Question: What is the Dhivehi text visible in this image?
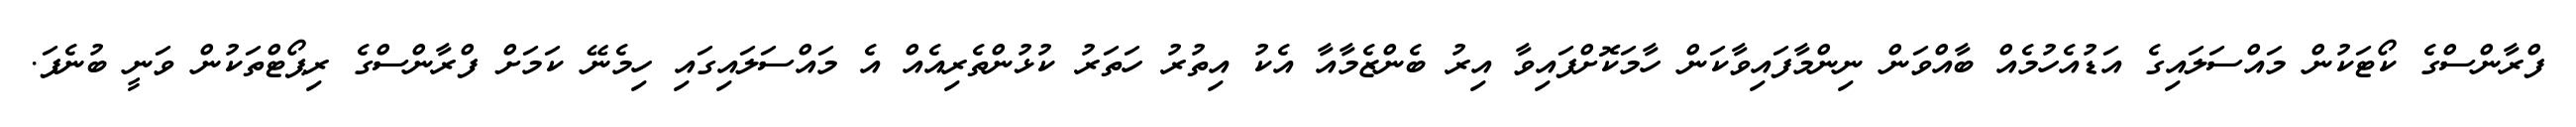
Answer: ފްރާންސްގެ ކޯޓަކުން މައްސަލައިގެ އަޑުއެހުމެއް ބާއްވަން ނިންމާފައިވާކަން ހާމަކޮށްފައިވާ އިރު ބެންޒެމާއާ އެކު އިތުރު ހަތަރު ކުޅުންތެރިއެއް އެ މައްސަލައިގައި ހިމެނޭ ކަމަށް ފްރާންސްގެ ރިޕޯޓްތަކުން ވަނީ ބުނެފަ.